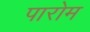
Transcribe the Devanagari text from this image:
पारोम